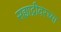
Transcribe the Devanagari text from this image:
सह्याद्रीवरच्या